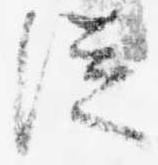
従